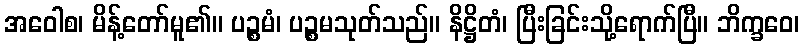
အဝေါစ၊ မိန့်တော်မူ၏။ ပဉ္စမံ၊ ပဉ္စမသုတ်သည်။ နိဋ္ဌိတံ၊ ပြီးခြင်းသို့ရောက်ပြီ။ ဘိက္ခဝေ၊